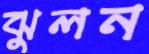
ঝুলন